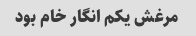
مرغش یکم انگار خام بود